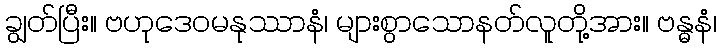
ချွတ်ပြီး။ ဗဟုဒေဝမနုဿာနံ၊ များစွာသောနတ်လူတို့အား။ ဗန္ဓနံ၊